Lunatic asylums in Bengal annual reports 1888-1898 - 1888-1898
Year: 1888
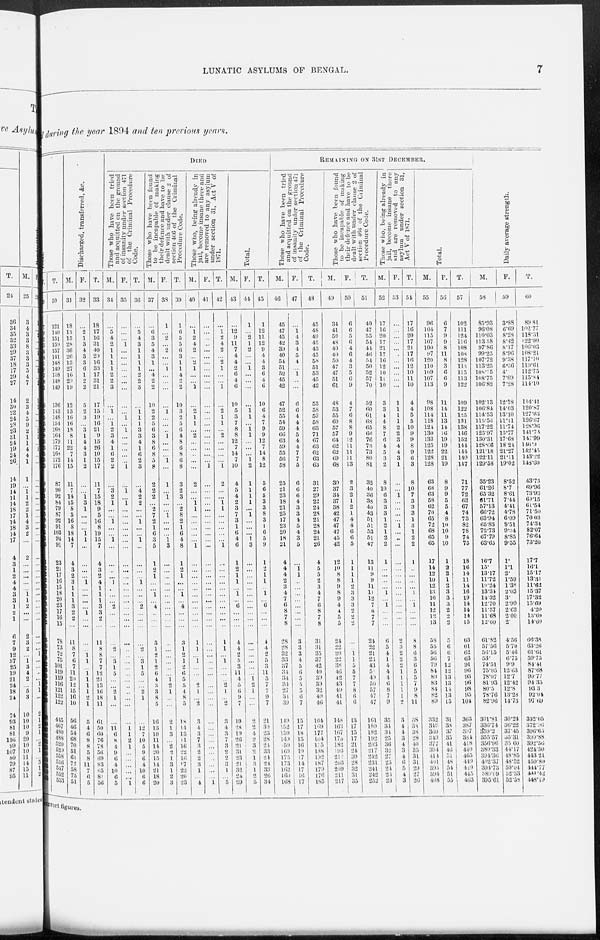
LUNATIC ASYLUMS OF BENGAL.
7
during the year 1894 and ten previous years.
T.
30
121
140
151
159
157
141
148
149
138
148
149
136
143
148
154
168
164
179
177
168
172
176
87
90
92
84
79
87
92
91
103
94
91
23
21
17
16
15
18
20
23
17
16
15
78
73
72
75
101
119
119
116
141
122
122
445
467
480
488
520
529
558
556
547
552
553
Discharged, transferred, &c.
M.
31
18
15
15
28
36
26
13
27
16
29
19
12
13
16
16
18
8
11
22
7
14
15
11
7
14
15
8
5
16
8
18
14
7
4
3
2
3
1
1
1
3
2
2
...
11
8
7
6
7
11
20
12
15
16
10
56
46
54
68
70
51
61
72
58
75
51
F.
32
...
2
1
3
4
3
3
6
1
2
2
5
2
3
...
3
1
4
4
3
1
2
...
...
1
3
1
...
...
...
1
1
...
...
...
...
1
...
...
...
...
1
...
...
...
...
1 1
...
1
1
1
1
2
1
5
4
6
8
8
5
8
11
7
6
5
T.
33
18
17
16
31
40
29
16
33
17
31
21
17
15
19
16
21
9
15
26
10
15
17
11
7
15
18
9
5
10
8
19
15
7
4
3
2
4
1
1
1
3
3
2
...
11
8
8
7
7
12
21
13
16
18
11
61
50
60
76
78
56
69
83
65
81
56
DIED
Those who have been tried
and acquitted on the ground
of insanity under section 471
of the Criminal Procedure
Code.
M.
34
...
5
4
2
1
1
1
1
2
2
3
...
1
...
1
2
3
4
1
0
2
2
...
3
2
1
...
...
1
...
...
1
...
...
...
...
1
...
...
...
2
...
...
...
...
2
...
3
1
5
...
...
2
1
...
...
11 6
8
4
9
6
4
10
6
5
F.
35
...
...
...
1
...
...
...
...
...
...
...
...
...
1
...
1
...
...
...
...
...
1
...
1
...
1
...
...
...
...
...
...
...
...
...
...
...
...
...
...
...
...
...
...
...
...
...
...
...
...
...
...
...
...
...
...
1
1
2
1
...
...
...
...
...
1
T.
36
...
5
4
3
1
1
1
1
2
2
3
...
"i 1
1
3
3
4
1
0
2
3
...
4
2
2
...
...
1
...
...
1
...
...
...
...
1
...
...
...
2
...
...
...
...
2
...
3
1
5
...
...
2
1
...
...
12
7
10
5
9
6
4
10
6
6
Those who have been found
to be incapable of making
their defence and have to be
dealt with under clause 2 of
section 466 of the Criminal
Procedure Code.
M.
37
...
6
3
5
4
3
1
...
4
2
2
10
2
2
5
6
3
8
6
8
5
8
2
2
2
...
2
7
2
1
6
3
5
1
2
1
...
...
1
...
4
...
...
...
3
1
2
1
2
6
4
3
3
8
5
16
13
10
11
14
20
15
14
21
18
20
F.
38
1
...
2
...
2
...
...
1
...
...
...
...
1
...
...
...
1
...
...
...
1
...
1
...
1
...
...
1
...
...
...
"1
3
...
...
...
...
...
...
...
...
...
...
...
...
...
...
...
...
1 2
1
...
...
2
1
3
...
2
2
1
3
1
2
3
T.
39
1
6
5
5
6
3
1
1
4
2
2
10
3
2
5
6
4
8
6
8
6
8
3
2
3
...
2
8
2
1
6
4
8
1
2
1
...
1
...
4
...
...
...
3
1
2
1
2
6
5
5
4
8
5
18
14
13
11
16
22
10
17
22
20
23
Those who, being already in
jail, become insane there and
are removed to any asylum
under section 31, Act V of
1871.
M.
40
...
1 2
4
2
...
2
1
...
...
1
...
2
1
1
...
2
...
...
...
...
...
2
...
...
1 1
...
...
...
...
...
1
...
...
...
...
...
...
...
...
...
...
...
1
1
...
1 ...
...
...
2
1
...
2
3
4
3
7
3
2
2
3
1
...
4
F.
41
...
...
...
...
...
...
...
...
...
...
...
...
...
...
...
...
...
...
...
...
...
1
...
...
...
...
...
...
...
...
...
...
...
...
...
...
...
...
...
...
...
...
...
...
...
...
...
...
...
...
...
...
...
...
...
...
...
...
...
...
...
...
...
...
...
1
T.
42
...
1 2
4
2
...
2
1
...
...
1
...
2
1
1
...
2
...
...
...
...
1
2
...
...
1
1
...
...
...
...
1
...
...
...
...
...
...
...
...
...
...
..
1
1
...
1
...
...
...
2
1
...
2
3
4
3
7
3
2
2
3
1
...
5
Total.
M.
43
...
12
9
11
7
4
4
2
6
4
6
10
5
3
7
8
8
12
7
14
7
10
4
5
4
2
3
7
3
1
6
4
6
1
2
1
1
...
1
...
6
...
...
...
4
4
2
5
3
11
4
5
6
9
7
19
28
19
26
21
31
23
21
32
24
29
F.
44
1
...
2
1
2
...
...
1
...
...
...
...
1 1
...
1 1
...
...
...
1
2
1
1
1
1
...
1
...
...
...
1
3
...
...
...
...
...
...
...
...
...
...
...
...
...
...
...
...
...
1 2
1
...
...
2
2
4
2
3
2
1
3
1
2
5
T.
45
1
12
11.
12
9
4
4
3
6
4
6
10
6
4
7
9
9
12
7
14
8
12
5
6
5
3
3
8
3
1
6
5
9
1
2
1
1
...
1
...
6
...
...
...
4
4
2
5
3
11
5
7
7
9
7
21
30
23
28
24
33
24
24
33
26
34
REMAINING ON 31ST DECEMBER.
Those who have been tried
and acquitted on the ground
of insanity under section 471
of the Criminal Procedure
Code.
M.
46
45
47
45
42
39
40
54
51
52
45
42
47
52
55
54
59
66
63
59
55
56
58
25
21
23
18
21
25
17
23
20
18
21
4
4
4
2
3
4
7
6
8
7
8
28
28
32
33
37
34
34
34 27
34
39
149
152
159
149
159
169
175
173
162
169
168
F.
47
...
1
4
3
4
5
4
...
1
...
...
6
6
4
4
4
5
4
4
7
7
5
6
6
6
4
3
3
4
5
4
3
5
...
1 1
...
...
...
...
...
...
...
...
3
3
3
4
5
6
5
5
5
6
7
15
17
18
15
16
19
17
14
17
16
17
T.
48
45
48
49
45
43
45
58
51
53
45
42
53
58
59
58
63
71
67
63
62
63
63
31
27
29
22
24
28
21
28
24
21
26
4
5
5
2
3
4
7
6
8
7
8
31
31
35
37
42
40
39
39
32
40
46
164
169
177
164
175
188
192
187
179
176
185
Those who have been found
to be incapable of making
their defence and have to be
dealt with under clause 2 of
section 406 of the Criminal
Procedure Code.
M.
49
34
41
50
48
40
40
50
47
47
51
61
48
53
55
60
57
57
64
62
62
69
68
30
37
34
37
38
42
47
47
47
45
42
12
10
8
8
9
8
9
4
4
5
5
24
22
20
22
38
40
42
43
49
41
41
148
163
167
l75
182
193
212
203
209
211
217
F.
50
6
6
5
6
4
6
4
3
5
6
9
4
7
6
8
8
9
12
11
11
11
13
2
3
2
1
2
1
4
4
6
6
5
1
1
1
1
2
3
3
3
2
2
2
...
...
1 1
5
5
7
7
8
6
6
13
17
15
17
21
24
30
28
32
31
35
T.
51
40
47
55
54
44
46
54
50
52
57
70
52
60
61
68
65
66
76
73
73
80
81
32
40
36
38
40
43
51
51
53
51
47
13
11
9
9
11
11
12
7
6
7
7
24
22
21
23
43
45
49
50
57
47
47
161
180
182
192
203
217
242
231
241
242
252
Those who, being already in
jail, become insane there
and are removed to any
asylum under section 31.
Act V of 1871.
M.
52
17
16
20
17
21
17
10
12
10
11
10
3
3
4
4
8
7
6
4
5
3
2
8
10
6
3
3
3
1
2
1
2
2
1
...
...
...
...
1
...
1
...
...
...
6
5
4
1
4
4
4
6
8
7
9
35
34
34
25
36
32
27
25
24
23
23
F.
53
...
...
...
...
...
...
...
...
...
...
...
1
1
1
1
2
2
3
4
4
3
1
...
...
1
...
...
...
...
1
...
...
...
...
...
...
...
...
...
...
...
...
...
...
2
3
2
2
2
1
1
1
1
1
2
3
4
4
3
4
3
4
6
5
4
3
T.
54
17
16
20
17
21
17
10
12
10
11
10
4
4
5
5
10
9
9
8
9
6
3
8
10
7
3
3
3
1
3
1
2
2
1
...
...
...
...
1
...
1 ...
...
...
8
8
6
3
6
5
5
7
9
8
11
38
38
38
28
40
35
31
31
29
27
26
Total.
M.
55
96
104
115
107
100
97
120
110
109
107
113
98
108
114
118
124
130
133
125
122
128
128
63
68
63
58
62
70
65
72
68
65
65
17
14
12
10
12
13
16
11
12
12
13
58
55
56
56
79
84
80
83
84
82
89
332
349
360
349
377
394
414
401
395
394
408
F.
56
6
7
9
9
8
11
8
3
6
6
9
11
14
11
13
14
16
19
19
22
21
19
8
9
9
5
5
4
8
10
10
9
10
1
2
2
1
2
3
3
3
2
2
2
5
6
6
7
12
12
13
13
14
13
15
31
38
37
35
41
46
51
48
54
51
55
T.
57
102
111
124
116 108
108
128
113
115
113
122
109
122
125
131
138
146
152
144
144
149
147
71
77
72
63
67
74
73
82
78
74
75
18
16
14
11
14
16
19
14
14
14
15
63
61
62
63
91
96
93
96
98
95
104
363
387
397
384
418
440
465
449
449
445
463
Daily average strength.
M.
58
85.93
96.08
110.03
113.58
97.86
99.25
107.72
113.25
108.75
108.75
106.82
102.13
106.84
114.53
115.56
117.22
125.97
130.31
128.66
121.18
122.11
129.58
35.23
61.26
65.32
61.71
57.13
66.72
63.94
65.83
72.73
67.79
63.65
16.7
15.
13.17
11.72
10.24
13.34
14.32
12.70
11.57
11.68
12.60
61.82
57.56
56.15
53.
74.51
75.05
78.07
81.93
80.5
78.76
82.96
301.81
336.74
359.2
355.57
356.96
380.33
394.36
402.37
394.73
389.09
395.61
F.
59
3.88
6.69
8.28
8.42
8.17
8.96
9.38
6.36
4.
7.09
7.28
12.28
14.03
13.10
11.11
11.74
15.77
17.68
18.24
21.27
21.11
19.02
8.52
8.7
8.61
7.44
4.41
4.78
6.09
8.51
9.34
8.85
9.55
1.
1.1
2.
1.59
1.38
2.03
3.
2.99
2.63
2.00
2.
4.56
5.70
5.46
6.75
9.9
12.03
12.7
12.42
12.8
13.28
14.73
30.24
36.22
37.45
35.31
35.00
44.17
48.85
48.52
50.04
52.33
52.58
T.
60
89.81
102.77
118.31
122.00
106.03
108.21
117.10
119.61
112.75
115.84
114.10
114.41
120.87
127.63
126.67
128.96
141.74
147.99
146.9
142.45
143.22
148.60
43.75
69.96
73.93
69.15
61.54
71.50
70.03
74.34
82.07
76.64
73.20
17.7
16.1
15.17
13.81
11.63
15.37
17.32
15.69
4.20
13.68
14.60
66.38
63.26
61.61
59.75
84.41
87.68
90.77
94.35
93.3
92.04
97.69
332.05
372.96
396.65
390.88
392.56
424.50
443.21
450.89
444.77
444.42
448.19
correct figures.